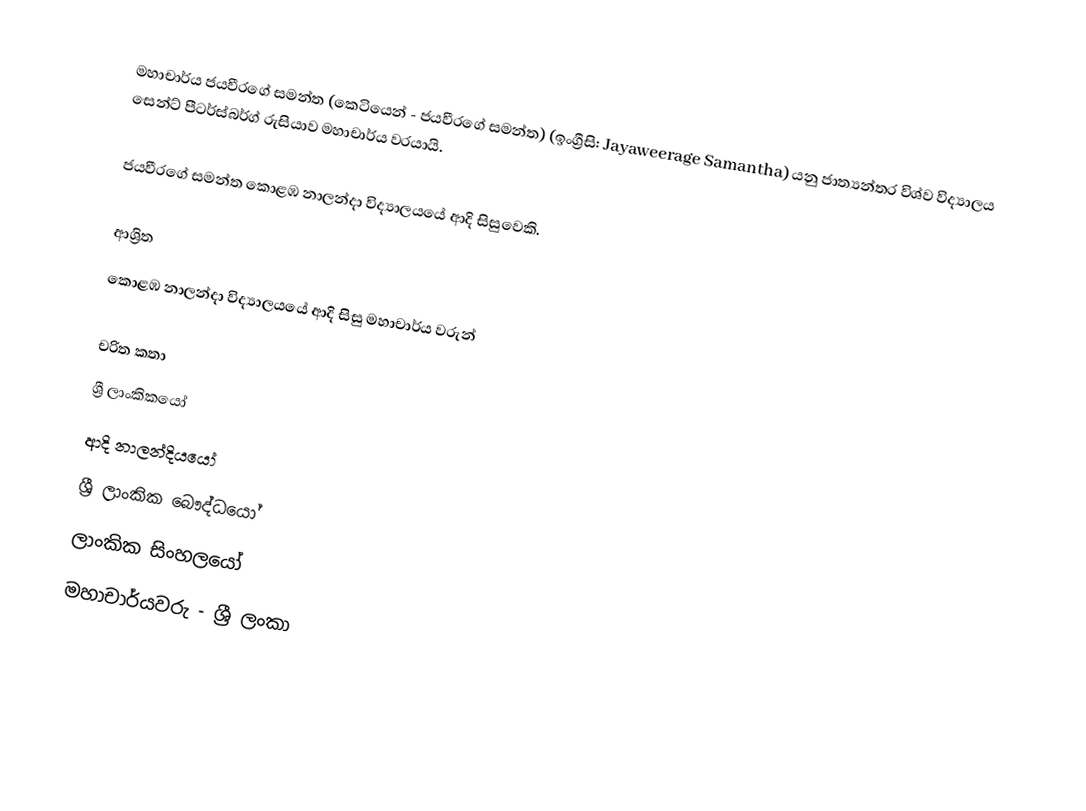
මහාචාර්ය ජයවීරගේ සමන්ත  (කෙටියෙන් - ජයවීරගේ සමන්ත) (ඉංග්‍රීසි: Jayaweerage Samantha) යනු  ජාත්‍යන්තර විශ්ව විද්‍යාලය සෙන්ට් පීටර්ස්බර්ග් රුසියාව මහාචාර්ය  වරයායි.

ජයවීරගේ සමන්ත  කොළඹ නාලන්දා විද්‍යාලයයේ ආදි සිසුවෙකි.

ආශ්‍රිත
 කොළඹ නාලන්දා විද්‍යාලයයේ ආදි සිසු මහාචාර්ය වරුන්

චරිත කතා
ශ්‍රී ලාංකිකයෝ
ආදි නාලන්දියයෝ
ශ්‍රී ලාංකික බෞද්ධයෝ
ලාංකික සිංහලයෝ
මහාචාර්යවරු - ශ්‍රී ලංකා